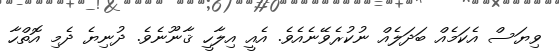
ވިޔަސް އެކަމެއް ބަދަލެއް ނުކުރެވޭނެއެވެ. އެއީ އިލާހީ ޤާނޫނެވެ. ދުނިޔެ ދެމި އޮތްހާ